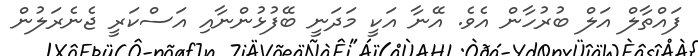
ފައްތާލް އަލް ބުރުހާން އެވެ. އޭނާ އަކީ މަދަނީ ބޭފުޅުންނާއި އަސްކަރީ ޖެނެރަލުން